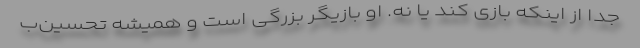
جدا از اینکه بازی ‌کند یا نه. او بازیگر بزرگی است و همیشه تحسین‌ب